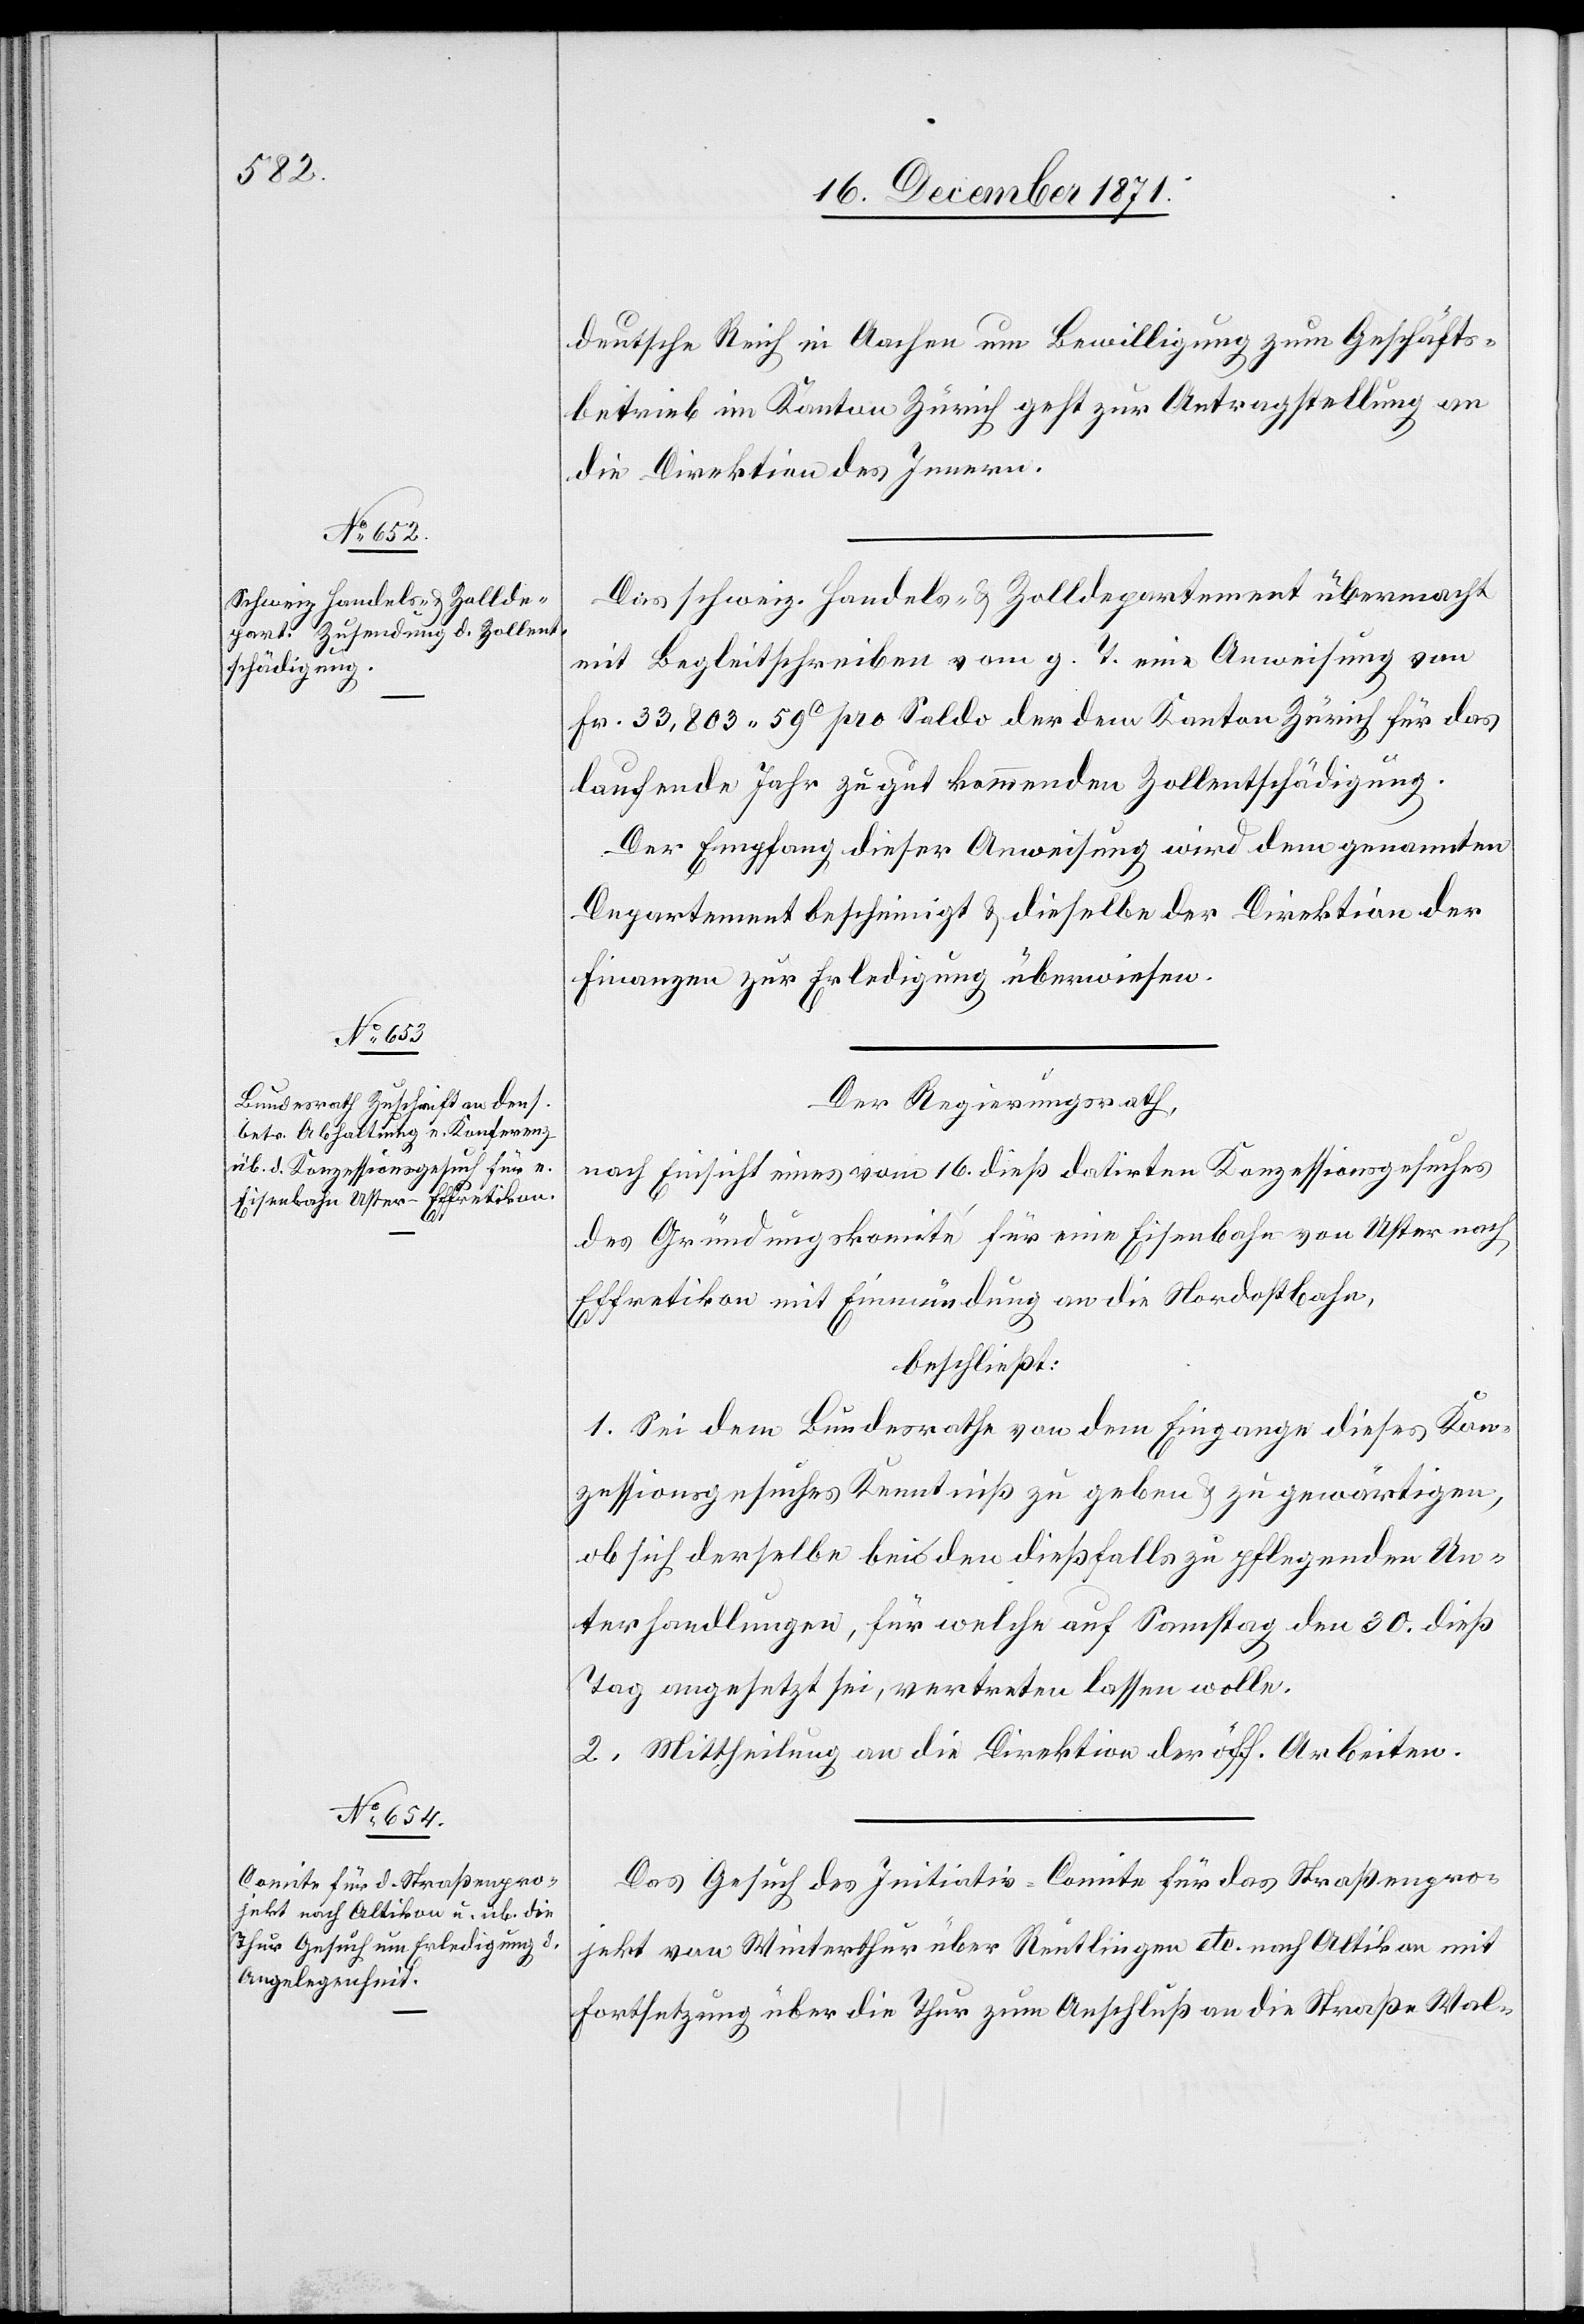
20. December 1871.]
deutsche Reich in Aachen um Bewilligung zum Geschäfts¬
betrieb im Kanton Zürich geht zur Antragstellung an
die Direktion des Innern.
Das schweiz. Handels- & Zolldepartement übermacht
mit Begleitschreiben vom g. T. eine Anweisung von
Fr. 33.803. 59C pro Saldo der dem Kanton Zürich für das
laufende Jahr zu gut kommenden Zollentschädigung.
Der Empfang dieser Anweisung wird dem genannten
Departement bescheinigt & dieselbe der Direktion der
Finanzen zur Erledigung überwiesen.
Der Regierungsrath,
nach Einsicht eines vom 16. dieß datirten Konzessionsgesuches
des Gründungskomité für eine Eisenbahn von Uster nach
Effretikon mit Einmündung an die Nordostbahn,
beschließt:
1. Sei dem Bundesrathe von dem Eingage dieses Kon¬
zessionsgesuches Kenntniß zu geben & zu gewärtigen,
ob sich derselbe bei den dießfalls zu pflegenden Un¬
terhandlungen, für welche auf Samstag den 30. dieß
Tag angesetzt sei, vertreten lassen wolle.
2. Mittheilung an die Direktion der öff. Arbeiten.
Das Gesuch des Initiativ-Comite für das Straßenpro¬
jekt von Winterthur über Reutlingen etc. nach Altikon mit
Fortsetzung über die Thur zum Anschluß an die Straße Wal-